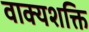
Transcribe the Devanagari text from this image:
वाक्यशक्ति